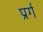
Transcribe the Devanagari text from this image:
प्रर्ग